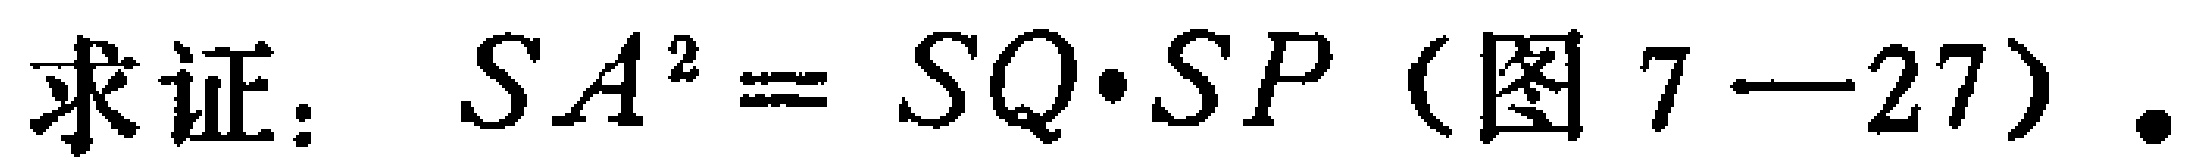
求证：$SA^{2}=SQ\cdot SP$(图7—27).